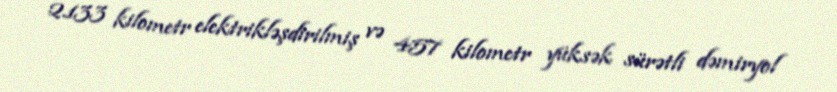
2.133 kilometr elektrikləşdirilmiş və 457 kilometr yüksək sürətli dəmiryol